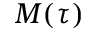
M ( \tau )